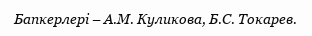
Бапкерлері – А.М. Куликова, Б.С. Токарев.